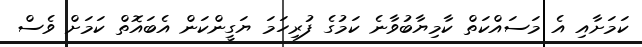
ކަމަށާއި އެ މަސައްކަތް ކާމިޔާބުވާނެ ކަމުގެ ފުރިހަމަ ޔަގީންކަން އެބައޮތް ކަމަށް ވެސް